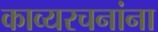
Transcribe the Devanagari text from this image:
काव्यरचनांना